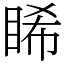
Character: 睎